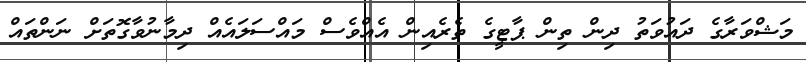
މަޝްވަރާގެ ދައުވަތު ދިން ތިން ޕާޓީގެ ތެެރެއިން އެއްވެސް މައްސަލައެއް ދިމާނުވާގޮތަށް ނަންތައް